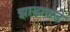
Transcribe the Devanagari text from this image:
झाडाकडे